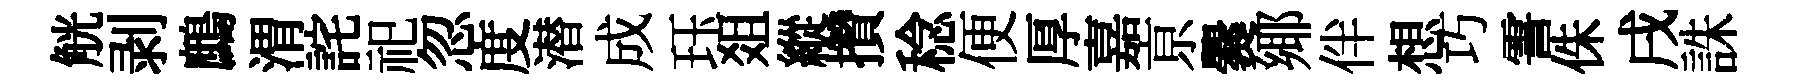
觥剥鷓渭詫祀忽度潜成珏爼縱攢稔便厚嘉亰爨鄊伴想巧霅侏戌誅